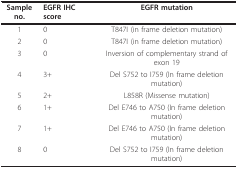
<table><thead><tr><td><b>Sample no.</b></td><td><b>EGFR IHC score</b></td><td><b>EGFR mutation</b></td></tr></thead><tbody><tr><td>1</td><td>0</td><td>T847I (in frame deletion mutation)</td></tr><tr><td>2</td><td>0</td><td>T847I (in frame deletion mutation)</td></tr><tr><td>3</td><td>0</td><td>Inversion of complementary strand of exon 19</td></tr><tr><td>4</td><td>3+</td><td>Del S752 to I759 (In frame deletion mutation)</td></tr><tr><td>5</td><td>2+</td><td>L858R (Missense mutation)</td></tr><tr><td>6</td><td>1+</td><td>Del E746 to A750 (In frame deletion mutation)</td></tr><tr><td>7</td><td>1+</td><td>Del E746 to A750 (In frame deletion mutation)</td></tr><tr><td>8</td><td>0</td><td>Del S752 to I759 (In frame deletion mutation)</td></tr></tbody></table>